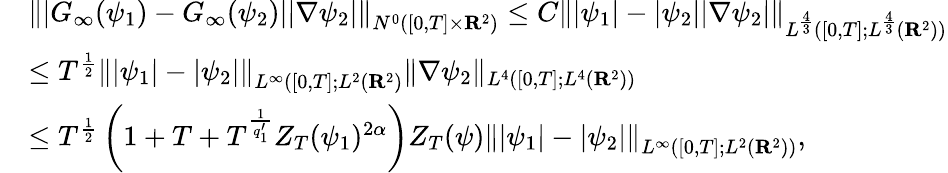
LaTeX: \begin{array}{rl}&{\left\| |G_{\infty}(\psi_{1})-G_{\infty}(\psi_{2})||\nabla\psi_{2}|\right\| _{N^{0}([0,T]\times{\mathbf R}^{2})}\leq C\left\| |\psi_{1}|-|\psi_{2}||\nabla\psi_{2}|\right\| _{L^{\frac{4}{3}}([0,T];L^{\frac{4}{3}}({\mathbf R}^{2}))}}\\ &{\leq T^{\frac 12}\left\| |\psi_{1}|-|\psi_{2}|\right\| _{L^{\infty}([0,T];L^{2}({\mathbf R}^{2})}\| \nabla\psi_{2}\| _{L^{4}([0,T];L^{4}({\mathbf R}^{2}))}}\\ &{\leq T^{\frac{1}{2}}\left(1+T+T^{\frac{1}{q_{1}^{\prime}}}Z_{T}(\psi_{1})^{2\alpha}\right)Z_{T}(\psi)\left\| |\psi_{1}|-|\psi_{2}|\right\| _{L^{\infty}([0,T];L^{2}({\mathbf R}^{2}))},}\end{array}